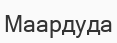
Маардуда